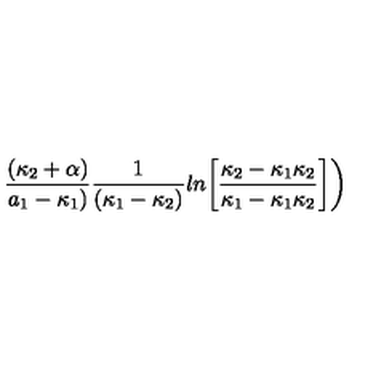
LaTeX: { \frac { ( \kappa _ { 2 } + \alpha ) } { a _ { 1 } - \kappa _ { 1 } ) } } { \frac { 1 } { ( \kappa _ { 1 } - \kappa _ { 2 } ) } } l n \biggl [ { \frac { \kappa _ { 2 } - \kappa _ { 1 } \kappa _ { 2 } } { \kappa _ { 1 } - \kappa _ { 1 } \kappa _ { 2 } } } \biggr ] \biggr )